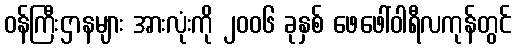
ဝန်ကြီးဌာနများ အားလုံးကို ၂၀၀၆ ခုနှစ် ဖေဖေါ်ဝါရီလကုန်တွင်